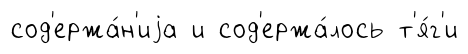
сод'ержа́н'иjа и сод'ержа́лось т'я́г'и